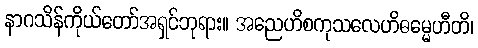
နာဂသိန်ကိုယ်တော်အရှင်ဘုရား။ အညေဟိစကုသလေဟိဓမ္မေဟီတိ၊